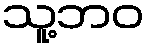
သူ့ဘဝ